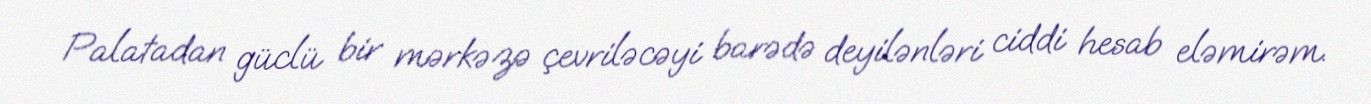
Palatadan güclü bir mərkəzə çevriləcəyi barədə deyilənləri ciddi hesab eləmirəm.